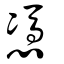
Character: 憑